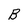
Character: l